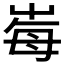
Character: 𡴕